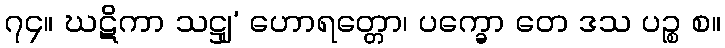
၇၄။ ဃဋိကာ သဋ္ဌျ’ ဟောရတ္တော၊ ပက္ခော တေ ဒသ ပဉ္စ စ။